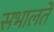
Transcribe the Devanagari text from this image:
सभालते